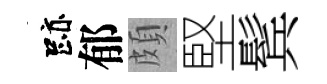
跡郁頗堅鬂